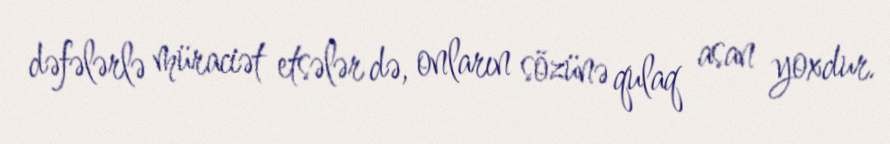
dəfələrlə müraciət etsələr də, onların sözünə qulaq asan yoxdur.